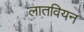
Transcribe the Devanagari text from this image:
लातवियन